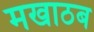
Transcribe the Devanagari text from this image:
मखाठब